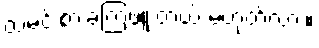
ထမင်းစားခဲ့ကြဖူးတယ် မဟုတ်လား။